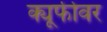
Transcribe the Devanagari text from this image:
क्यूफीवर